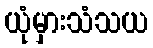
ယုံမှားသံသယ